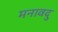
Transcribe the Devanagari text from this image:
मनावदु